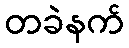
တခဲနက်